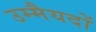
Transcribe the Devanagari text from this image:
उम्मैयदों